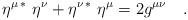
LaTeX: \begin{align*}\eta^{\mu\,*} \,\,\eta^\nu +\eta^{\nu\,*}\,\,\eta^\mu = 2g^{\mu\nu}\quad .\end{align*}